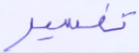
تفسير